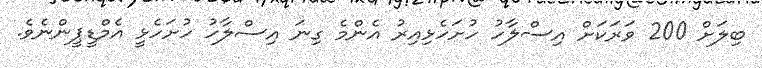
ބިލަށް 200 ވަރަކަށް އިސްލާހު ހުށަހެޅިއިރު އެންމެ ގިނަ އިސްލާހު ހުށަހެޅީ އެމްޑީޕީންނެވެ.